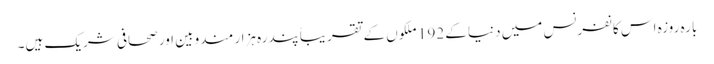
بارہ روزہ اس کانفرنس میں دنیا کے 192 ملکوں‍ کے تقریباً پندرہ ہزار مندوبین اور صحافی شریک ہیں۔